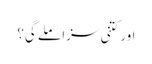
اور کتنی سزا ملے گی؟